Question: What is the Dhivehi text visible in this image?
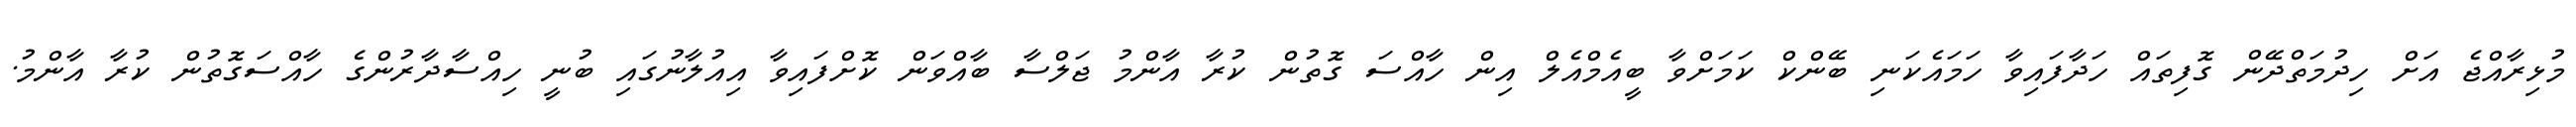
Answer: މުޅިރާއްޖެ އަށް ހިދުމަތްދޭން ގޮފިތައް ހަދާފައިވާ ހަމައެކަނި ބޭންކް ކަމަށްވާ ބީއެމްއެލް އިން ހާއްސަ ގޮތުން ކުރާ އާންމު ޖަލްސާ ބާއްވަން ކޮށްފައިވާ އިއުލާނުގައި ބުނީ ހިއްސާދާރުންގެ ހާއްސަގޮތުން ކުރާ އާންމު.